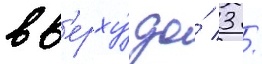
вв'ерху́ до́ 3 /